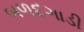
બળદગાડી